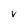
Character: V